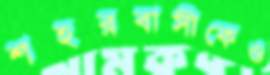
শহরবাসীকেও